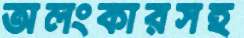
অলংকারসহ